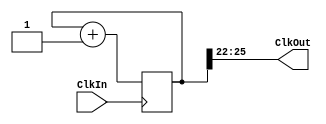
`timescale 1ns / 1ps
`default_nettype none


module clock_divider(ClkOut, ClkIn);

    output wire [3:0] ClkOut; // declare ouptut variables
    input wire ClkIn; // declare input variables
    
    parameter n = 25; // declare timing
    
    reg [n:0] Count;
    
    always@(posedge ClkIn) // change in pos clock
        Count <= Count + 1;
       
    assign ClkOut[3:0] = Count[n:n-3];
    
endmodule